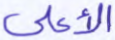
الأعلى